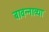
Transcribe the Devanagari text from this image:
बावन्नाव्या